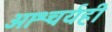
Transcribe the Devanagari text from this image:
आश्चर्यही